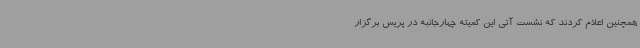
همچنین اعلام کردند که نشست آتی این کمیته چهارجانبه در پریس برگزار